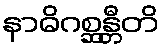
နာဓိဂစ္ဆန္တီတိ